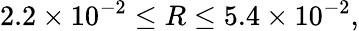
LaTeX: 2.2\times 10^{-2}\leq R\leq 5.4\times 10^{-2},